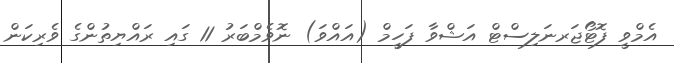
އެމްވީ ފޮޓޯޖަރނަލިސްޓް އަޝްވާ ފަހީމް (އައްވަ) ނޮވެމްބަރު 11 ގައި ރައްޔިތުންގެ ވެރިކަން